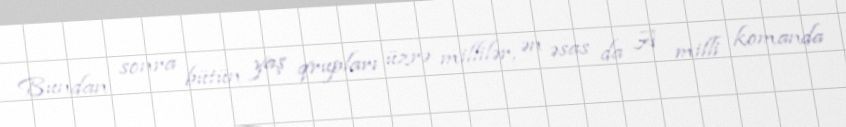
Bundan sonra bütün yaş qrupları üzrə millilər, ən əsas da A milli komanda